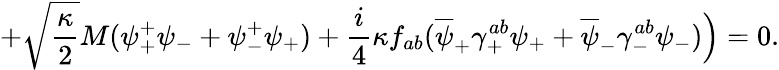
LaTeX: +\sqrt{\frac{\kappa}{2}}M(\psi_{+}^{+}\psi_{-}+\psi_{-}^{+}\psi_{+})+\frac{i}{4}\kappa f_{ab}(\overline{{{\psi}}}_{+}\gamma_{+}^{ab}\psi_{+}+\overline{{{\psi}}}_{-}\gamma_{-}^{ab}\psi_{-})\Big)=0.